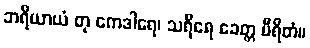
ဘရိယာယံ တု ကေဒါရေ၊ သရီရေ ခေတ္တ မီရိတံ။